Indian journal of veterinary science and animal husbandry - Volumes 18-21, 1948-1951
Year: 1948
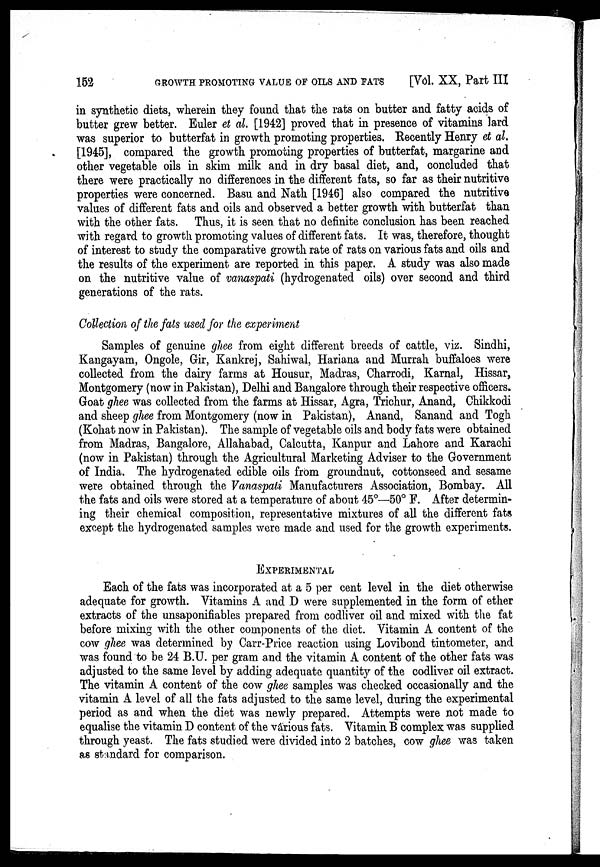
152
GROWTH PROMOTING VALUE OF OILS AND FATS [Vol. XX, Part III
in synthetic diets, wherein they found that the rats on butter and fatty acids of
butter grew better. Euler et al. [1942] proved that in presence of vitamins lard
was superior to butterfat in growth promoting properties. Recently Henry et al.
[1945], compared the growth promoting properties of butterfat, margarine and
other vegetable oils in skim milk and in dry basal diet, and, concluded that
there were practically no differences in the different fats, so far as their nutritive
properties were concerned. Basu and Nath [1946] also compared the nutritive
values of different fats and oils and observed a better growth with butterfat than
with the other fats. Thus, it is seen that no definite conclusion has been reached
with regard to growth promoting values of different fats. It was, therefore, thought
of interest to study the comparative growth rate of rats on various fats and oils and
the results of the experiment are reported in this paper. A study was also made
on the nutritive value of vanaspati (hydrogenated oils) over second and third
generations of the rats.
Collection of the fats used for the experiment
Samples of genuine ghee from eight different breeds of cattle, viz. Sindhi,
Kangayam, Ongole, Gir, Kankrej, Sahiwal, Hariana and Murrah buffaloes were
collected from the dairy farms at Housur, Madras, Charrodi, Karnal, Hissar,
Montgomery (now in Pakistan), Delhi and Bangalore through their respective officers.
Goat ghee was collected from the farms at Hissar, Agra, Trichur, Anand, Chikkodi
and sheep ghee from Montgomery (now in Pakistan), Anand, Sanand and Togh
(Kohat now in Pakistan). The sample of vegetable oils and body fats were obtained
from Madras, Bangalore, Allahabad, Calcutta, Kanpur and Lahore and Karachi
(now in Pakistan) through the Agricultural Marketing Adviser to the Government
of India. The hydrogenated edible oils from groundnut, cottonseed and sesame
were obtained through the Vanaspati Manufacturers Association, Bombay. All
the fats and oils were stored at a temperature of about 45°—50° F. After determin-
ing their chemical composition, representative mixtures of all the different fats
except the hydrogenated samples were made and used for the growth experiments.
EXPERIMENTAL
Each of the fats was incorporated at a 5 per cent level in the diet otherwise
adequate for growth. Vitamins A and D were supplemented in the form of ether
extracts of the unsaponifiables prepared from codliver oil and mixed with the fat
before mixing with the other components of the diet. Vitamin A content of the
cow ghee was determined by Carr-Price reaction using Lovibond tintometer, and
was found to be 24 B.U. per gram and the vitamin A content of the other fats was
adjusted to the same level by adding adequate quantity of the codliver oil extract.
The vitamin A content of the cow ghee samples was checked occasionally and the
vitamin A level of all the fats adjusted to the same level, during the experimental
period as and when the diet was newly prepared. Attempts were not made to
equalise the vitamin D content of the various fats. Vitamin B complex was supplied
through yeast. The fats studied were divided into 2 batches, cow ghee was taken
as standard for comparison.